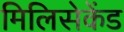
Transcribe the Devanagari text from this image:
मिलिसेकेंड